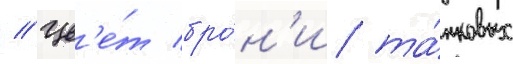
// Цв'е́т бро́н'и та́нковых